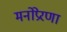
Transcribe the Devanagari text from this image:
मनोप्रेरणा